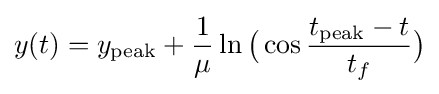
y(t)=y_{\mathrm {peak} }+{\frac {1}{\mu }}\ln {\bigl (}\cos {\frac {t_{\mathrm {peak} }-t}{t_{f}}}{\bigr )}